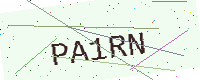
Text: PA1RN